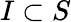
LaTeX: I\subset S